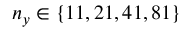
n _ { y } \in \{ 1 1 , 2 1 , 4 1 , 8 1 \}